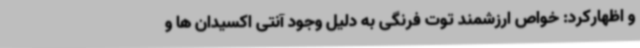
و اظهارکرد: خواص ارزشمند توت فرنگی به دلیل وجود آنتی اکسیدان ها و